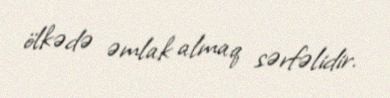
ölkədə əmlak almaq sərfəlidir.